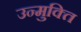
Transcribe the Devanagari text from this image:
उन्मुक्‍ति